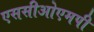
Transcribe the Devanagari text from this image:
एससीओएमपी